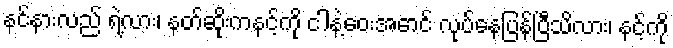
နင်နားလည် ရဲ့လား၊ နတ်ဆိုးကနင့်ကို ငါနဲ့ဝေးအောင် လုပ်နေပြန်ပြီသိလား၊ နင့်ကို